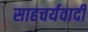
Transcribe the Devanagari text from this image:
साहचर्यवादी